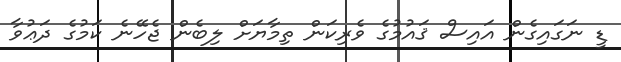
ޑީ ނަގައިގެން އައިސް ޤައުމުގެ ވެރިކަން ތިމާޔަށް ލިބެން ޖެހޭނެ ކަމުގެ ދަޢުވާ